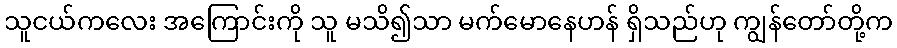
သူငယ်ကလေး အကြောင်းကို သူ မသိ၍သာ မက်မောနေဟန် ရှိသည်ဟု ကျွန်တော်တို့က